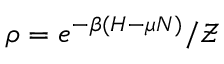
\rho = e ^ { - \beta ( H - \mu N ) } / \mathcal { Z }